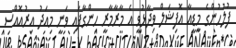
ފުލުހުންގެ މީޑީއާ އޮފިޝަލް ވިދާޅުވީ އެ މާރާމާރީ ހިންގާފައި ވަނީ މިއަދު އިރުއޮއްސި